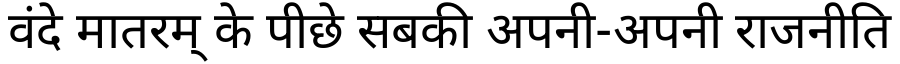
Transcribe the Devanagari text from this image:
वंदे मातरम् के पीछे सबकी अपनी-अपनी राजनीति